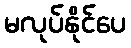
မလုပ်နိုင်ပေ